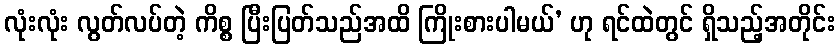
လုံးလုံး လွတ်လပ်တဲ့ ကိစ္စ ပြီးပြတ်သည်အထိ ကြိုးစားပါမယ်’ ဟု ရင်ထဲတွင် ရှိသည့်အတိုင်း